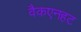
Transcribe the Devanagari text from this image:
वैकएनहट